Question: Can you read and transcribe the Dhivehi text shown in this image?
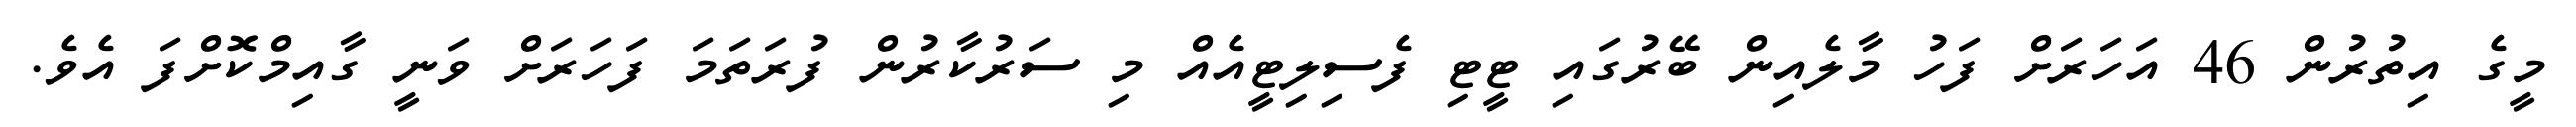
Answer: މީގެ އިތުރުން 46 އަހަރަށް ފަހު މާލެއިން ބޭރުގައި ޓީޓި ފެސިލިޓީއެއް މި ސަރުކާރުން ފުރަތަމަ ފަހަރަށް ވަނީ ގާއިމްކޮށްފަ އެވެ.